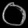
Digit: ၀